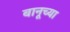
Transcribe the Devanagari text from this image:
बानूच्या